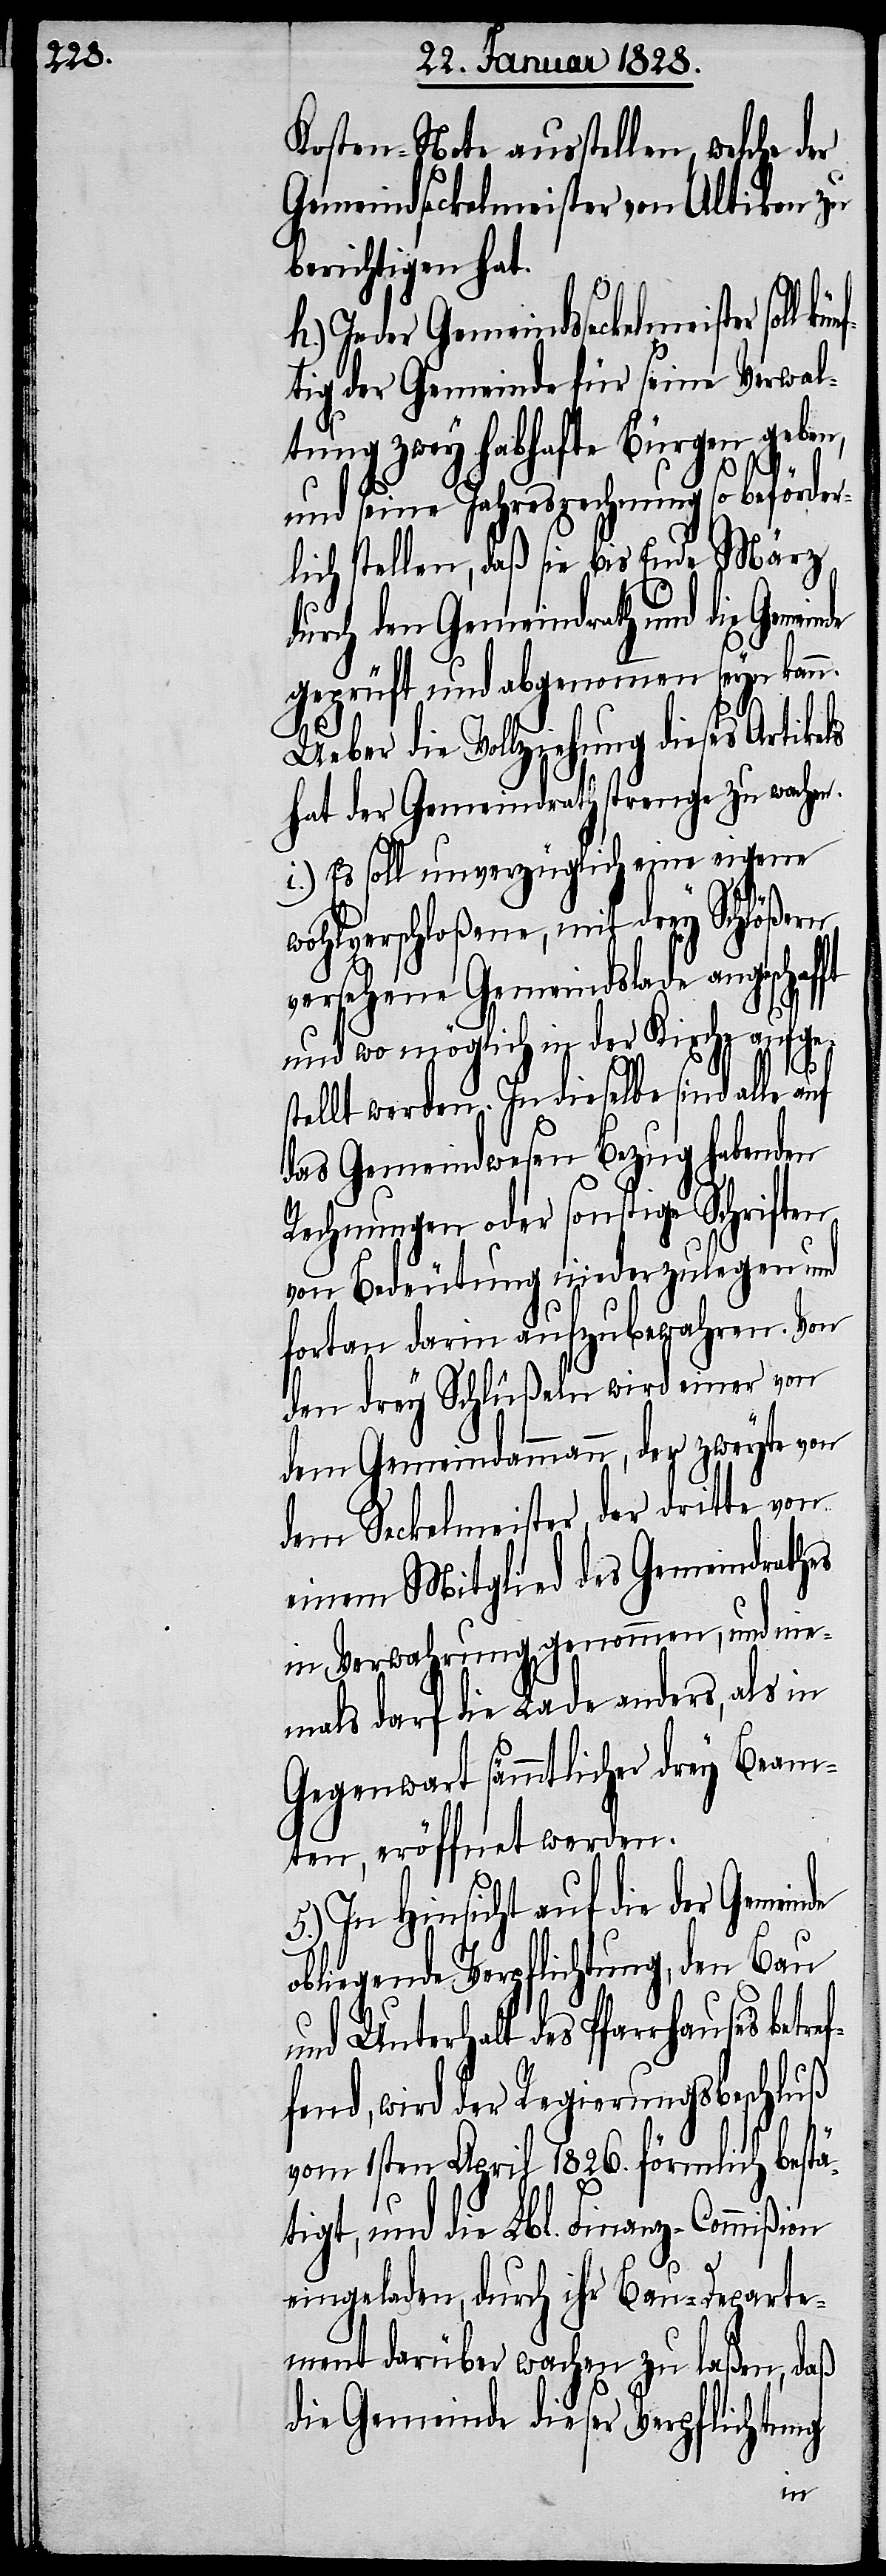
Kosten-Note ausstellen, welche der
Gemeindseckelmeister von Altikon zu
berichtigen hat.
h.) Jeder Gemeindsseckelmeister
tig der Gemeinde für seine Verwal¬
tung zwey habhafte Bürgen geben,
und seine Jahresrechnung so beförder¬
lich stellen, daß sie bis Ende März
durch den Gemeindrath und die Gemei¬
geprüft und abgenommen seyn kann.
Ueber die Vollziehung dieses Artikels
hat der Gemeindrath strenge zu wachen.
i.) Es soll unverzüglich eine eigene
wohlverschloßene, mit drey Schlößern
versehene Gemeindslade angeschafft
und wo möglich in der Kirche aufge¬
stellt werden. In dieselbe sind alle auf
das Gemeindwesen Bezug habenden
Rechnungen oder sonstige Schriften
von Bedeutung niederzulegen und
fortan darin aufzubewahren. Von
den drey Schlüßeln wird einer von
dem Gemeindammann, der zweyte von
dem Seckelmeister, der dritte von
einem Mitglied des Gemeindrathes
in Verwahrung genommen, und nie¬
mals darf die Lade anders, als in
Gegenwart sämmtlicher drey Beam¬
ten eröffnet werden.
5.) In Hinsicht auf die der Gemeinde
obliegende Verpflichtung, den Bau
und Unterhalt des Pfarrhauses bet¬
fend, wird der Regierungsbeschluß
ref¬
vom 1sten April 1826. förmlich bestä¬
tigt, und die Lbl. Finanz-Commißion
eingeladen, durch ihr Bau-Departe¬
ment darüber wachen zu laßen, daß
die Gemeinde dieser Verpflichtung
künf¬